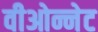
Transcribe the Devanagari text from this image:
वीओन्नेट